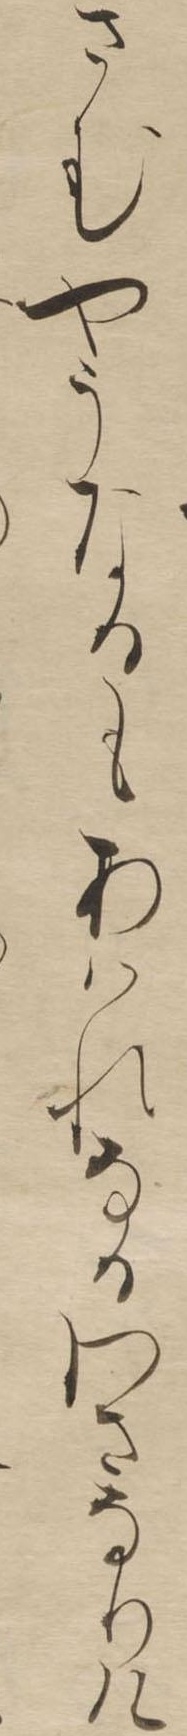
さむやうなるもあはれなるわさなりけ